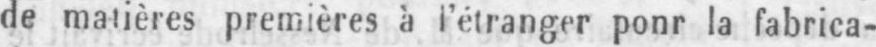
de matières premières à l’étranger ponr la fabrica-